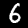
Label: 6